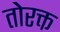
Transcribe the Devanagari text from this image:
तोरक्त